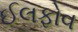
ઈલફોવ